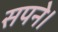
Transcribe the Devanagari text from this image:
सपने।